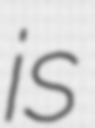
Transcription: is